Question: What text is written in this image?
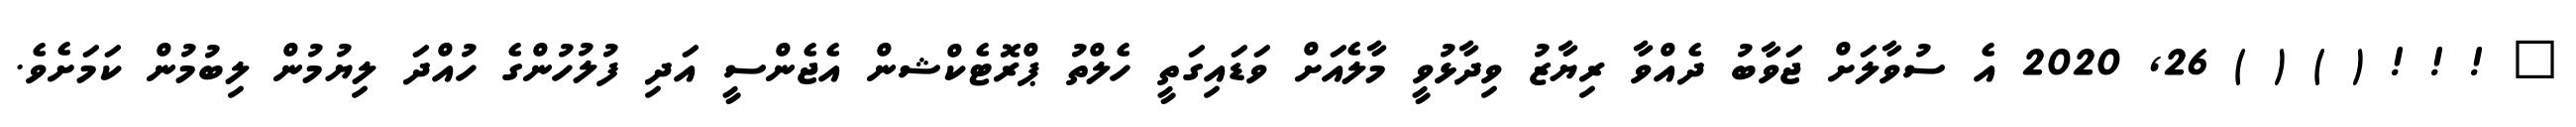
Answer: ? ! ! ! ( ) ( ) 26, 2020 އެ ސުވާލަށް ޖަވާބު ދެއްވާ ރިޔާޒު ވިދާޅުވީ މާލެއަށް ވަޑައިގަތީ ހެލްތު ޕްރޮޓެކްޝން އެޖެންސީ އަދި ފުލުހުންގެ ހުއްދަ ލިޔުމުން ލިބުމުން ކަމަށެވެ.